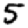
Digit: 5